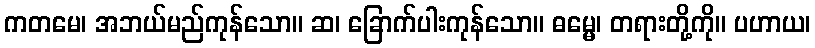
ကတမေ၊ အဘယ်မည်ကုန်သော။ ဆ၊ ခြောက်ပါးကုန်သော။ ဓမ္မေ၊ တရားတို့ကို။ ပဟာယ၊